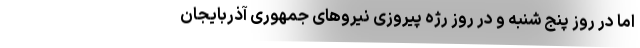
اما در روز پنج شنبه و در روز رژه پیروزی نیرو‌های جمهوری آذربایجان